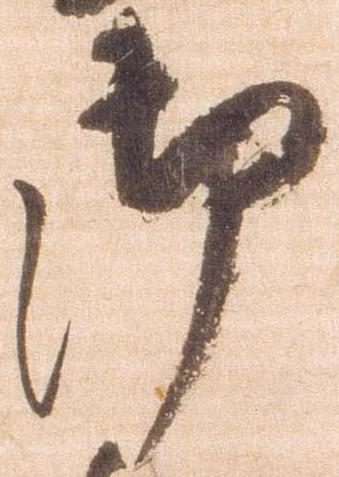
御